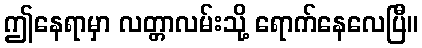
ဤနေရာမှာ လတ္တာလမ်းသို့ ရောက်နေလေပြီ။